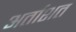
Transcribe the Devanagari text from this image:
अर्ताशत